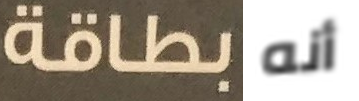
بطاقة أنه